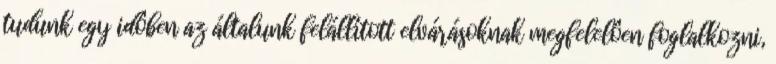
tudunk egy idôben az általunk felállított elvárásoknak megfelelôen foglalkozni,